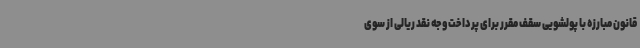
قانون مبارزه با پولشویی سقف مقرر برای پرداخت وجه نقد ریالی از سوی